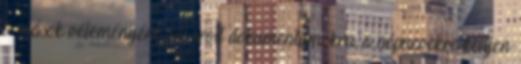
a mások véleményére, az írott dokumentumokra, a népnevekre kelljen